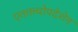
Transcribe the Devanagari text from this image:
एतत्तत्त्वोपदेशेन